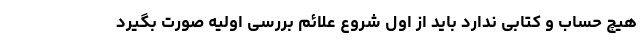
هیچ حساب و کتابی ندارد باید از اول شروع علائم بررسی اولیه صورت بگیرد